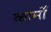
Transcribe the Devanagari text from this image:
कार्मों